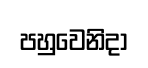
පහුවෙනිදා